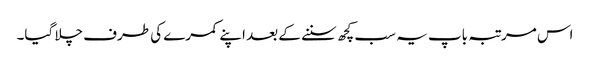
اس مرتبہ باپ یہ سب کچھ سننے کے بعد اپنے کمرے کی طرف چلا گیا۔